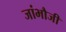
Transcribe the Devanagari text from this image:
जांभौजी